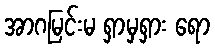
အာဂမြင်းမ ရှာမှရှား ရော